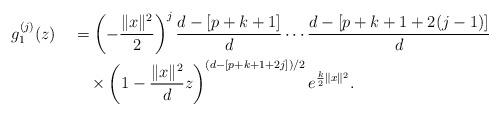
LaTeX: \begin{align*}g_1^{(j)}(z) &\quad=\left(-\frac{\|x\|^2}{2}\right)^j\frac{d-[p+k+1]}{d} \cdots \frac{d-[p+k+1+2(j-1)]}{d} \\&\quad\quad\times\left(1-\frac{\|x\|^2}{d}z\right)^{(d-[p+k+1+2j])/2}e^{\frac{k}{2}\|x\|^2}.\end{align*}